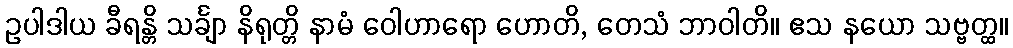
ဥပါဒါယ ခီရန္တိ သင်္ချာ နိရုတ္တိ နာမံ ဝေါဟာရော ဟောတိ, တေသံ ဘာဝါတိ။ ဧသ နယော သဗ္ဗတ္ထ။